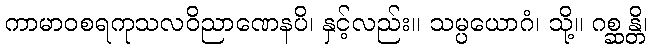
ကာမာဝစရကုသလဝိညာဏေနပိ၊ နှင့်လည်း။ သမ္ပယောဂံ၊ သို့။ ဂစ္ဆန္တိ၊